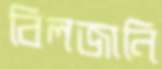
বিলজানি